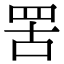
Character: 罟